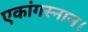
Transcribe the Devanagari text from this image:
एकांगस्नान।